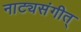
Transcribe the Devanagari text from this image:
नाट्यसंगीत्